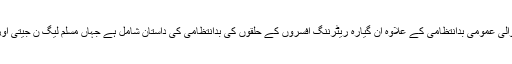
237 صفحات پر مشتمل رپورٹ میں وسیع پیمانے پر ہونے والی عمومی بدانتظامی کے علاوہ ان گیارہ ریٹرننگ افسروں کے حلقوں کی بدانتظامی کی داستان شامل ہے جہاں مسلم لیگ ن جیتی اور وہاں لاکھوں کے حساب میں اضافی بیلٹ پیپر بھیجے گئے۔